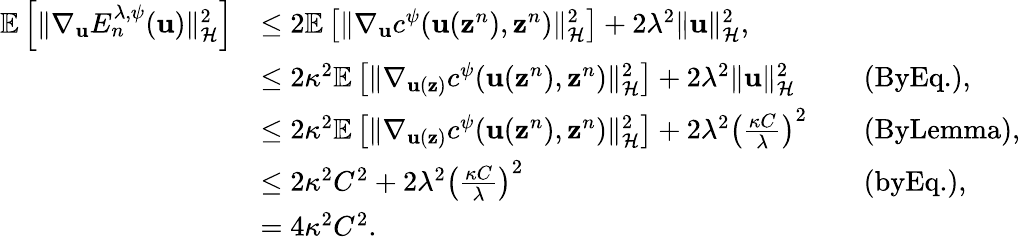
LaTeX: \begin{array}{rlrl}{\mathbb{E}\left[\| \nabla_{{\mathbf u}}E_{n}^{\lambda,\psi}({\mathbf u})\| _{\mathcal{H}}^{2}\right]}&{\leq 2\mathbb{E}\left[\| \nabla_{{\mathbf u}}c^{\psi}({\mathbf u}({\mathbf z}^{n}),{\mathbf z}^{n})\| _{\mathcal{H}}^{2}\right]+2{\lambda^{2}}\| {\mathbf u}\| _{\mathcal{H}}^{2},}&&{}\\ &{\leq 2\kappa^{2}\mathbb{E}\left[\| \nabla_{{\mathbf u}({\mathbf z})}c^{\psi}({\mathbf u}({\mathbf z}^{n}),{\mathbf z}^{n})\| _{\mathcal{H}}^{2}\right]+2{\lambda^{2}}\| {\mathbf u}\| _{\mathcal{H}}^{2}}&&{\textup{(ByEq.),}}\\ &{\leq 2\kappa^{2}\mathbb{E}\left[\| \nabla_{{\mathbf u}({\mathbf z})}c^{\psi}({\mathbf u}({\mathbf z}^{n}),{\mathbf z}^{n})\| _{\mathcal{H}}^{2}\right]+2{\lambda^{2}}\left(\frac{\kappa C}{\lambda}\right)^{2}}&&{\textup{(ByLemma),}}\\ &{\leq 2\kappa^{2}C^{2}+2{\lambda^{2}}\left(\frac{\kappa C}{\lambda}\right)^{2}}&&{\textup{(byEq.),}}\\ &{=4\kappa^{2}C^{2}.}\end{array}